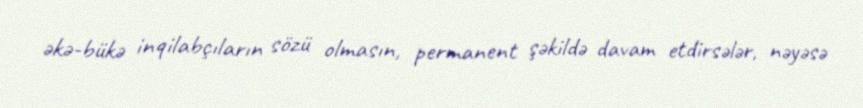
əkə-bükə inqilabçıların sözü olmasın, permanent şəkildə davam etdirsələr, nəyəsə